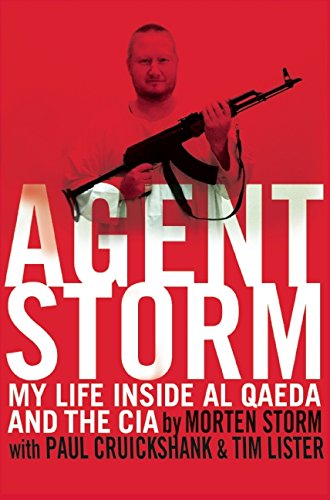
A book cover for Agent Storm: My Life Inside al Qaeda and the CIA; Morten Storm; Biographies & Memoirs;